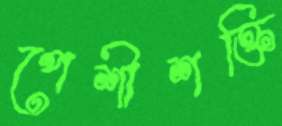
পেশীশক্তি